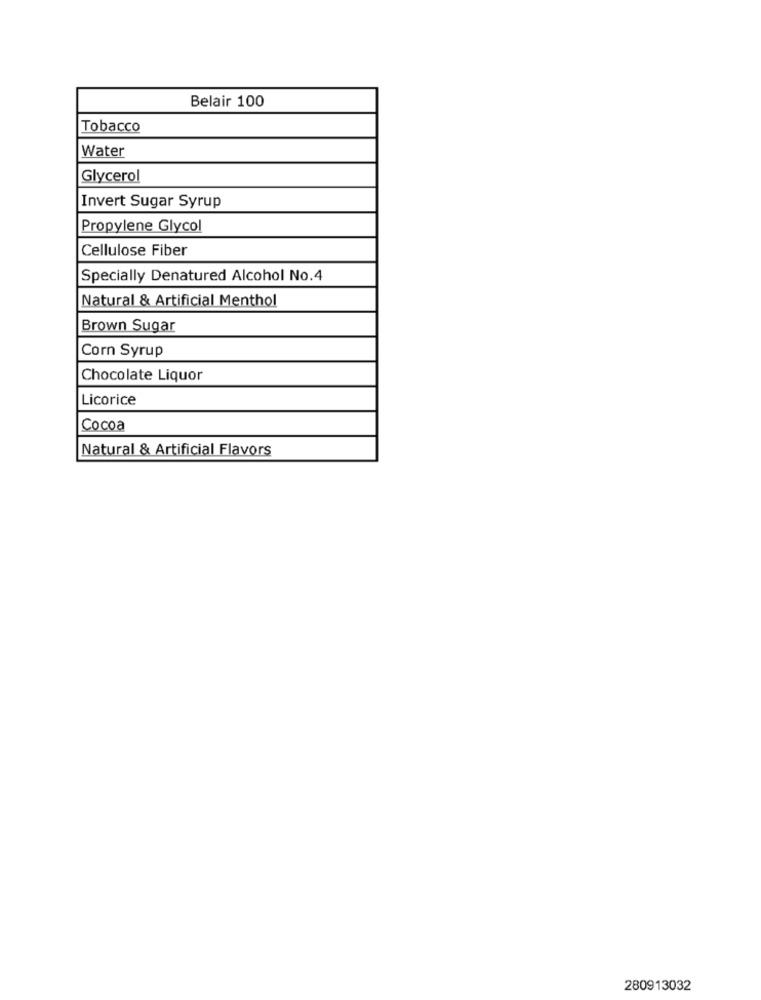
Belair 100
Tobacco
Water
Glycerol
Invert Sugar Syrup
Propylene Glycol
Cellulose Fiber
Specially Denatured Alcohol No.4
Natural & Artificial Menthol
Brown Sugar
Corn Syrup
Chocolate Liquor
Licorice
Cocoa
Natural & Artificial Flavors
280913032